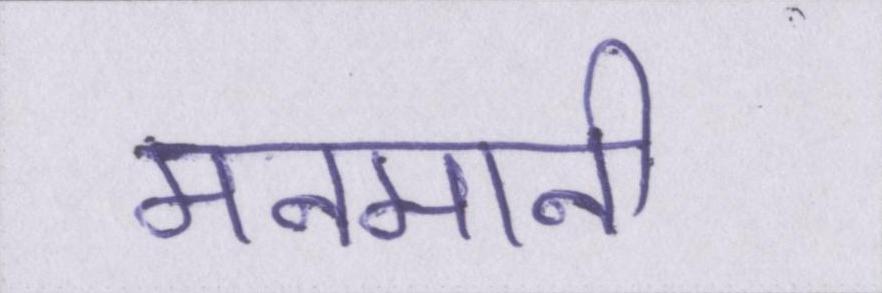
मनमानी